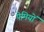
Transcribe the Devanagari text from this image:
पेमियों